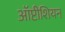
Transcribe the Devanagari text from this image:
ऑप्टीशियन